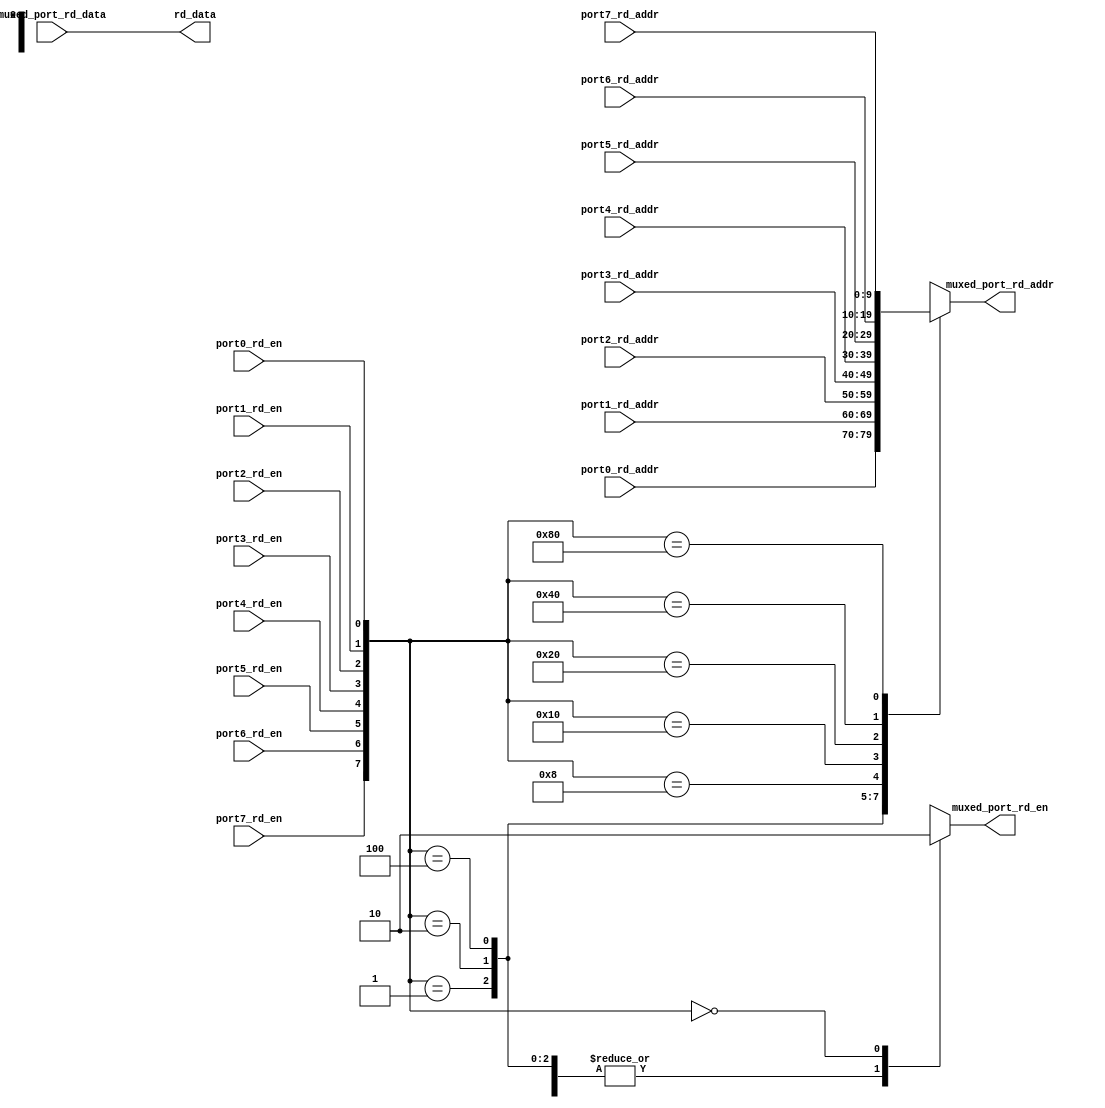
module rd_port_mux_8to1 (
  port0_rd_en,
  port0_rd_addr,

  port1_rd_en,
  port1_rd_addr,

  port2_rd_en,
  port2_rd_addr,

  port3_rd_en,
  port3_rd_addr,

  port4_rd_en,
  port4_rd_addr,

  port5_rd_en,
  port5_rd_addr,

  port6_rd_en,
  port6_rd_addr,

  port7_rd_en,
  port7_rd_addr,

  rd_data,

  muxed_port_rd_addr,
  muxed_port_rd_en,
  muxed_port_rd_data
);

  output [2047:0] rd_data;

  output [9:0] muxed_port_rd_addr;
  output muxed_port_rd_en;

  input port0_rd_en;
  input port1_rd_en;
  input port2_rd_en;
  input port3_rd_en;
  input port4_rd_en;
  input port5_rd_en;
  input port6_rd_en;
  input port7_rd_en;

  input [9:0] port0_rd_addr;
  input [9:0] port1_rd_addr;
  input [9:0] port2_rd_addr;
  input [9:0] port3_rd_addr;
  input [9:0] port4_rd_addr;
  input [9:0] port5_rd_addr;
  input [9:0] port6_rd_addr;
  input [9:0] port7_rd_addr;

  input [2047:0] muxed_port_rd_data;

  reg [2047:0] port0_rd_data;
  reg [2047:0] port1_rd_data;
  reg [2047:0] port2_rd_data;
  reg [2047:0] port3_rd_data;
  reg [2047:0] port4_rd_data;
  reg [2047:0] port5_rd_data;
  reg [2047:0] port6_rd_data;
  reg [2047:0] port7_rd_data;
  reg [9:0] muxed_port_rd_addr;
  reg muxed_port_rd_en;

  always @ (
    port0_rd_en or
    port1_rd_en or
    port2_rd_en or
    port3_rd_en or
    port4_rd_en or
    port5_rd_en or
    port6_rd_en or
    port7_rd_en or
    port0_rd_addr or
    port1_rd_addr or
    port2_rd_addr or
    port3_rd_addr or
    port4_rd_addr or
    port5_rd_addr or
    port6_rd_addr or
    port7_rd_addr
  ) begin
    casex({port7_rd_en,port6_rd_en,port5_rd_en,port4_rd_en,port3_rd_en,port2_rd_en,port1_rd_en,port0_rd_en})
      8'b0000_0001:
        begin
          muxed_port_rd_addr <= port0_rd_addr;
          muxed_port_rd_en <= 1'b1;
        end
      8'b0000_0010:
        begin
          muxed_port_rd_addr <= port1_rd_addr;
          muxed_port_rd_en <= 1'b1;
        end
      8'b0000_0100:
        begin
          muxed_port_rd_addr <= port2_rd_addr;
          muxed_port_rd_en <= 1'b1;
        end
      8'b0000_1000:
        begin
          muxed_port_rd_addr <= port3_rd_addr;
          muxed_port_rd_en <= 1'b1;
        end
      8'b0001_0000:
        begin
          muxed_port_rd_addr <= port4_rd_addr;
          muxed_port_rd_en <= 1'b1;
        end
      8'b0010_0000:
        begin
          muxed_port_rd_addr <= port5_rd_addr;
          muxed_port_rd_en <= 1'b1;
        end
      8'b0100_0000:
        begin
          muxed_port_rd_addr <= port6_rd_addr;
          muxed_port_rd_en <= 1'b1;
        end
      8'b1000_0000:
        begin
          muxed_port_rd_addr <= port7_rd_addr;
          muxed_port_rd_en <= 1'b1;
        end
      8'b0000_0000:
        begin
          muxed_port_rd_addr <= {10{1'bx}};
          muxed_port_rd_en <= 1'b0;
        end
      default:
        begin
          muxed_port_rd_addr <= {10{1'bx}};
          muxed_port_rd_en <= 1'bx;
        end
    endcase
  end

  assign rd_data = muxed_port_rd_data;

endmodule